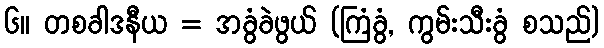
၆။ တစခါဒနီယ = အခွံခဲဖွယ် (ကြံခွံ, ကွမ်းသီးခွံ စသည်)